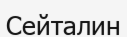
Сейталин